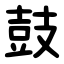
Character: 鼓